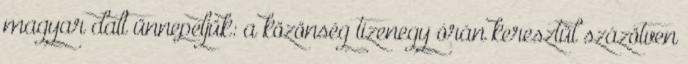
magyar dalt ünnepeljük: a közönség tizenegy órán keresztül százötven